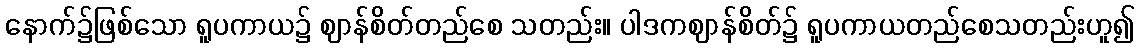
နောက်၌ဖြစ်သော ရူပကာယ၌ ဈာန်စိတ်တည်စေ သတည်း။ ပါဒကဈာန်စိတ်၌ ရူပကာယတည်စေသတည်းဟူ၍